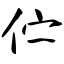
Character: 伫